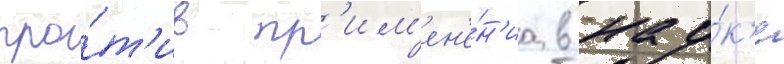
про́т'ив пр'им'ен'е́н'иа в нау́к'е